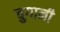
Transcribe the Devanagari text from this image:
चुगानी